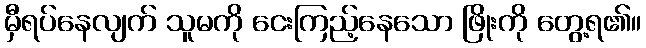
မှီရပ်နေလျက် သူမကို ငေးကြည့်နေသော ဖြိုးကို တွေ့ရ၏။